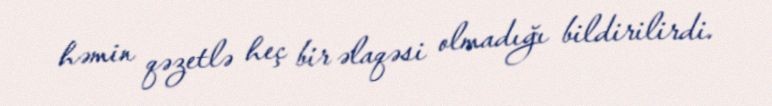
həmin qəzetlə heç bir əlaqəsi olmadığı bildirilirdi.